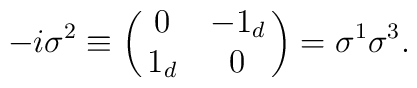
-i\sigma^2 \equiv \left(\matrix{0 & -1_d\cr 1_d & 0}\right)= \sigma^1\sigma^3.